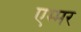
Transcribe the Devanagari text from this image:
एम्मर